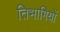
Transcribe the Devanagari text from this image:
तिभागियों